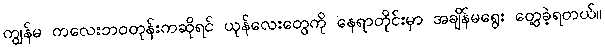
ကျွန်မ ကလေးဘဝတုန်းကဆိုရင် ယုန်လေးတွေကို နေရာတိုင်းမှာ အချိန်မရွေး တွေ့ခဲ့ရတယ်။